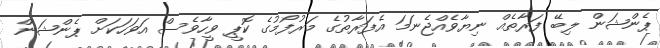
ޕެންޝަން ލިބޭ ފަރާތެއް ނިޔާވެއްޖެނަމަ އެފަރާތުގެ މަރުފޯމުގެ ކޮޕީ ވީހާވެސް އަވަހަކަށް ޕެންޝަން